Supplement to the account of plague administration in the Bombay Presidency from September 1896 till May 1897
Year: 1896
Disease focus: Plague
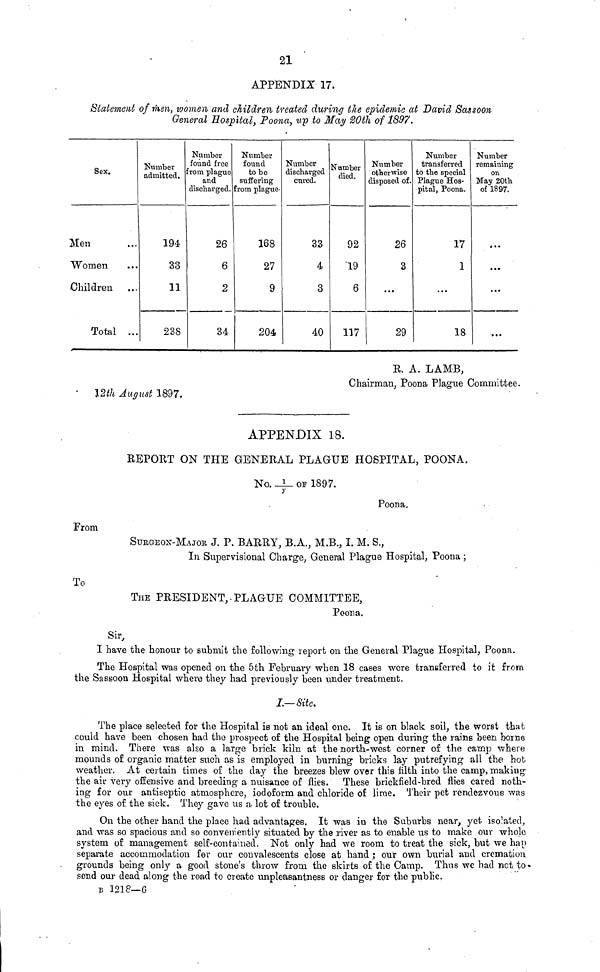
21
APPENDIX 17.
Statement of then, women and children treated during the epidemic at David Sas soon
General Hospital, Poona, up to May 80th of 1897.
Sex.
Men
Women
Children
Total
...
...
...
...
Number
admitted.
194
33
11
238
Number
found free
from plague
and
discharged.
26
6
2
34
Number
found
to be
suffering
from plague-
168
27
9
204
Number
discharged
cured.
33
4
3
40
Number
died.
92
19
6
117
Number
otherwise
disposed of.
26
3
...
29
Number
transferred
to the special
Flague Hos-
pital, Poona.
17
1
...
18
Number
remaining
on
May 20th
of 1897.
...
...
...
E. A. LAMB,
Chairman, Poona Plague Committee.
• 12th August 1897,
APPENDIX 18.
REPORT ON THE GENERAL PLAGUE HOSPITAL, POONA.
No. 1/y OF 1897.
Poona.
From
SUBGEON-MAJOR J. P. BARRY, B.A., M.B., I. M. S.,
In Supervisional Charge, General Plague Hospital, Poona ;
To
THE PRESIDENT,.PLAGUE COMMITTEE,
Poona.
Sir,
I have the honour to submit the following report on the General Plague Hospital, Poona.
The Hospital was opened on the 5th February when 18 cases were transferred to it from
the Sassoon Hospital where they had previously been under treatment.
I.—Site,
The place selected for the Hospital is not an ideal one. It is on black soil, the worst that
could have been chosen had the prospect of the Hospital being open during the rains been borne
in mind. There was also a large brick kiln at the north-west corner of the camp where
mounds of organic matter such as is employed in burning bricks lay putrefying all the hob
weather. At certain times of the day the breezes blew over this tilth into the camp, making
the air very offensive and breeding a nuisance of flies. These brickfield-bred flies cared noth-
ing for our antiseptic atmosphere, iodoform and chloride of lime. Their pet rendezvous was
the eyes of the sick. They gave us a. lot of trouble.
On the other hand the place had advantages. It was in the Suburbs near, yet isolated,
and was so spacious and so conveniently situated by the river as to enable us to make our whole
system of management self-contained. Not only had we room to treat the sick, but we hap
separate accommodation for our convalescents close at hand; our own burial and cremation
grounds being only a good stone's throw from the skirts of the Camp. Thus we bad net to-
send our dead along the road to create unpleasantness or danger for the public.
B 1218—6